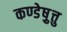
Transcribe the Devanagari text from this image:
कण्डेष़ुत्तु